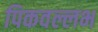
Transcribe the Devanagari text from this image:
पिकवल्लभ